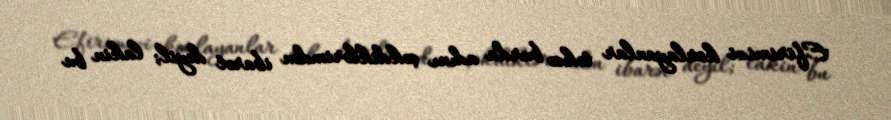
Efirimizi korlayanlar təkcə burda adını çəkdiklərimdən ibarət deyil; lakin bu